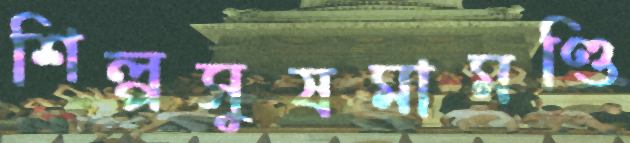
শিল্পসুষমামণ্ডি